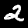
Digit: 2